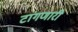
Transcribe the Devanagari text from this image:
टांगणारी